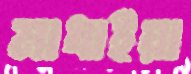
মাধাইয়া